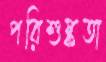
পরিশুষ্কতা